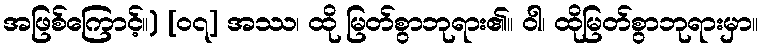
အဖြစ်ကြောင့်။) [၀၇] အဿ၊ ထို မြတ်စွာဘုရား၏။ ဝါ၊ ထိုမြတ်စွာဘုရားမှာ။